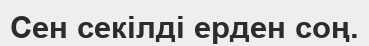
Сен секілді ерден соң.